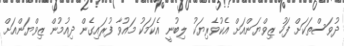
ދުވަސްތަކަށް ފަހު ޒިވްޔަންއަށް އެކުވެރިޔަކު ލިބުނީ އެކަމަކު މައުވާ ފުރައިގެން ދިއުމުން ޒިވްޔަންއަށް